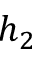
h _ { 2 }